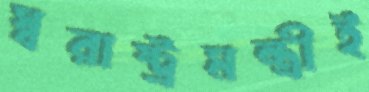
স্বরাষ্ট্রমন্ত্রীই